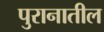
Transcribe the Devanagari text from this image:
पुरानातील